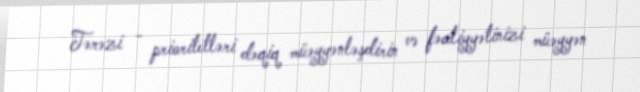
Tərəzi - prioritetləri dəqiq müəyyənləşdirin və fəaliyyətinizi müəyyən